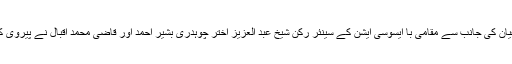
مدعیان کی جانب سے مقامی با ایسوسی ایشن کے سینئر رکن شیخ عبد العزیز اختر چوہدری بشیر احمد اور قاضی محمد اقبال نے پیروی کی ۔